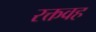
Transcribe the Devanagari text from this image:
रक्तवह